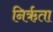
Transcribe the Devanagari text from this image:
निर्ऋता